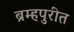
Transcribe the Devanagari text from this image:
ब्रम्हपुरीत